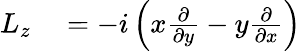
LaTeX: \begin{array}{rl}{L_{z}}&{{}=-i\left(x{\frac{\partial}{\partial y}}-y{\frac{\partial}{\partial x}}\right)}\end{array}